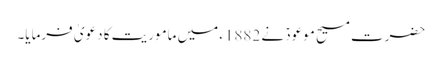
حضرت مسیح موعودؑ نے 1882ء میں ماموریت کا دعویٰ فرمایا۔